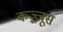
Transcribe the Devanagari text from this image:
कञ्जूस